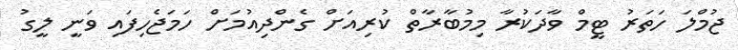
ޖުމްލަ ހަތަރު ޓީމް ވާދަކުރާ މިމުބާރާތް ކުރިއަށް ގެންދިއުމަށް ހަމަޖެހިފައި ވަނީ ލީގު